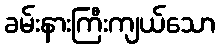
ခမ်းနားကြီးကျယ်သော